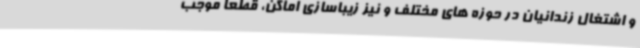
و اشتغال زندانیان در حوزه های مختلف و نیز زیباسازی اماکن، قطعا موجب